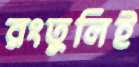
রংতুলিই